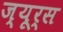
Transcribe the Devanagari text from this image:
ज्यूर्स